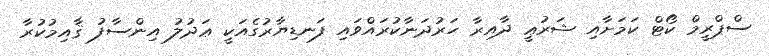
ސްޕްރީމް ކޯޓް ކަމަށާއި ޝަރުޢީ ދާއިރާ ހަރުދަނާކުރައްވައި ފަނޑިޔާރުގެއަކީ ޢަދުލު އިންސާފު ޤާއިމުކުރާ